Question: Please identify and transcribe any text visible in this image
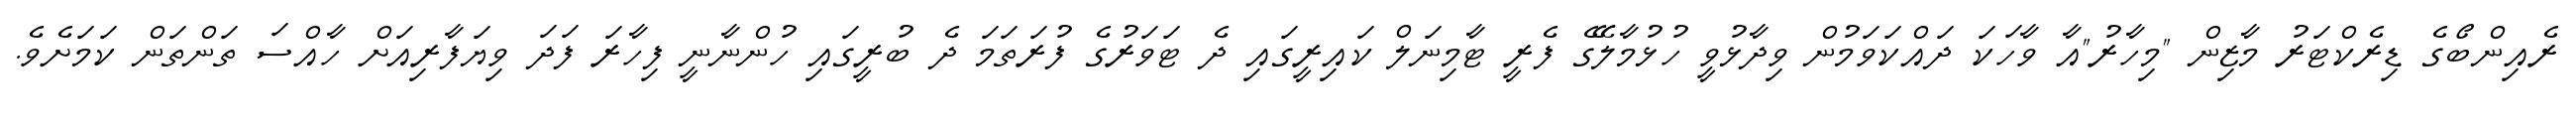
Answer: ރެއިންބޯގެ ޑިރެކްޓަރު މާޒިން "މިހާރު"އާ ވާހަކަ ދައްކަވަމުން ވިދާޅުވީ ހުޅުމާލޭގެ ފެރީ ޓާމިނަލް ކައިރީގައި ދެ ޓަވަރުގެ ފުރަތަމަ ދެ ބުރީގައި ހުންނާނީ ފިހާރަ ފަދަ ވިޔަފާރިއަށް ހާއްސަ ތަންތަން ކަމަށެވެ.